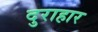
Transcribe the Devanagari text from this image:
दुराहार